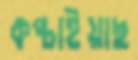
কপ্‌চাইয়াছ